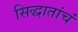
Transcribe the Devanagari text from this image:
सिद्धातांचं